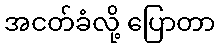
အငတ်ခံလို့ ပြောတာ